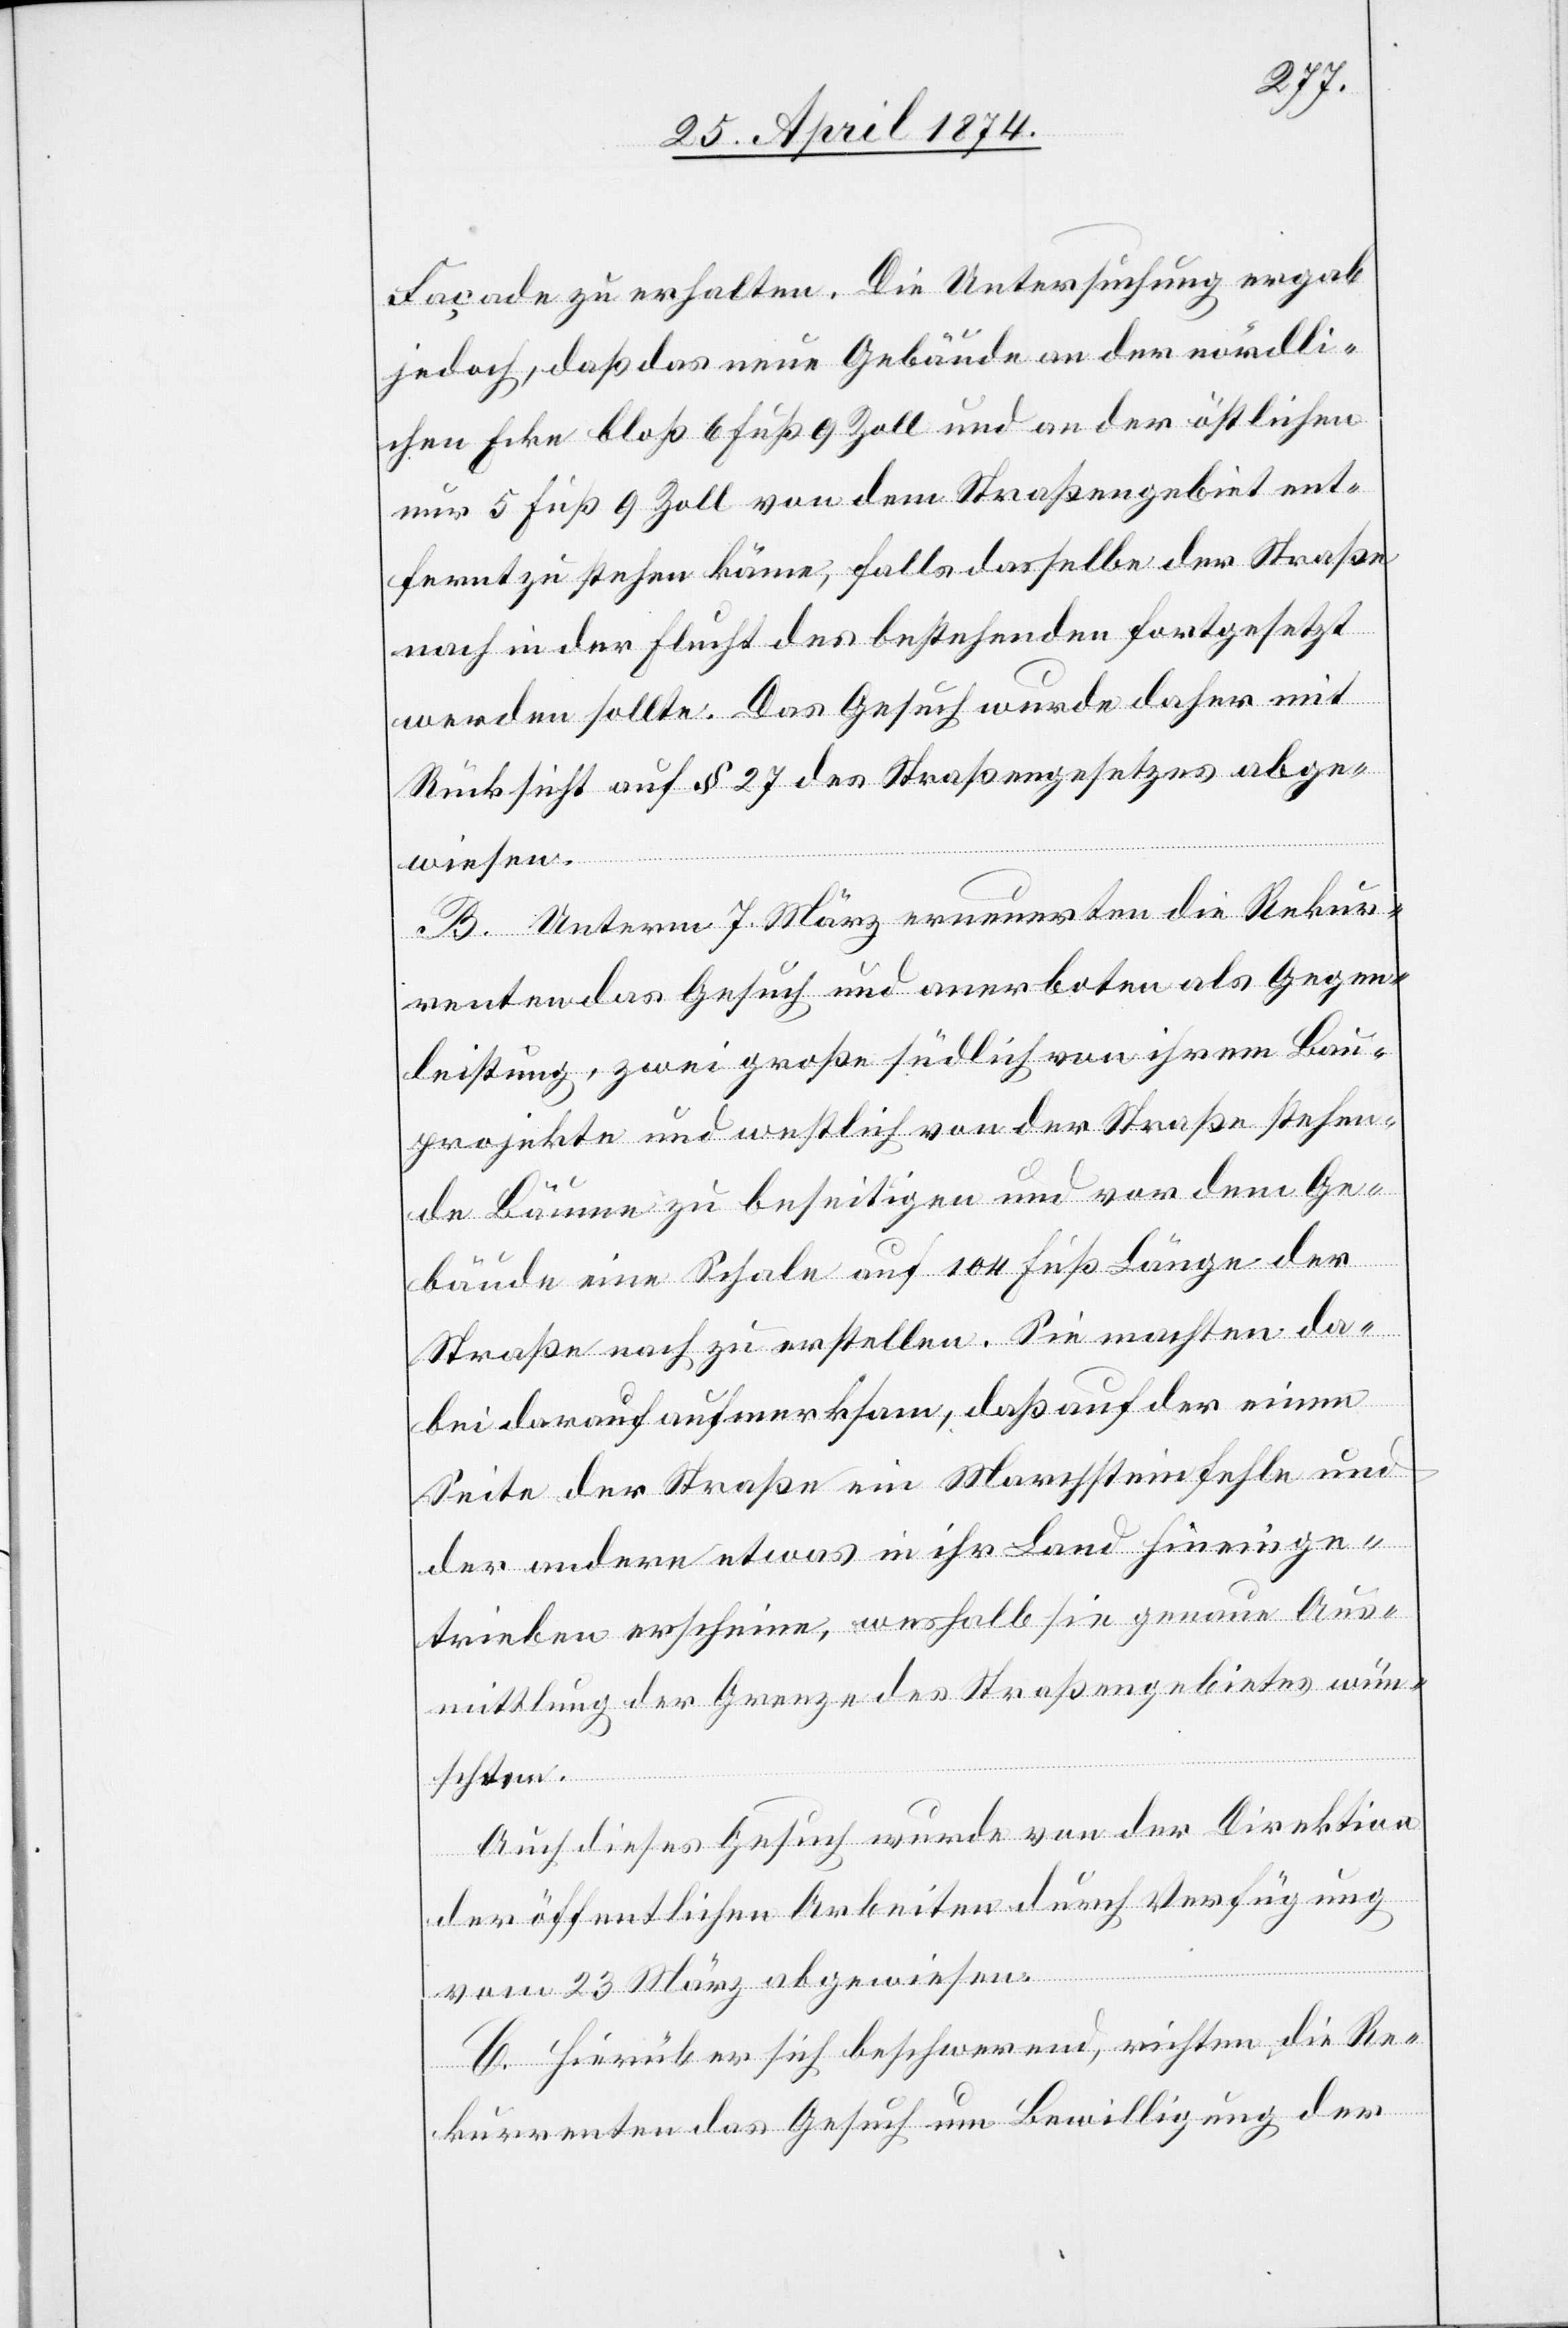
Facade zu erhalten. Die Untersuchung ergab
jedoch, daß das neue Gebäude an der nördli¬
chen Ecke bloß 6 Fuß 9 Zoll und an der östlichen
nur 5 Fuß 9 Zoll von dem Straßengebiet ent¬
fernt zu stehen käme, falls dasselbe der Straße
nach in der Flucht des bestehenden fortgesetzt
werden sollte. Das Gesuch wurde daher mit
Rücksicht auf § 27 des Straßengesetzes abge¬
wiesen.
B. Unterm 7. März erneuerten die Rekur¬
renten das Gesuch und anerboten als Gegen¬
leistung, zwei große südlich von ihrem Bau¬
projekte und westlich von der Straße stehen¬
de Bäume zu beseitigen und vor dem Ge¬
bäude eine Schale auf 104 Fuß Länge der
Straße nach zu erstellen. Sie machten da¬
bei darauf aufmerksam, daß auf der einen
Seite der Straße ein Marchstein fehle und
der andern etwas in ihr Land hinein ge¬
trieben erscheine, weshalb sie genaue Aus¬
mittlung der Grenze des Straßengebietes wün¬
schten.
Auch dieses Gesuch wurde von der Direktion
der öffentlichen Arbeiten durch Verfügung
vom 23. März abgewiesen.
C. Hierüber sich beschwerend, richten die Re¬
kurrenten das Gesuch um Bewilligung der